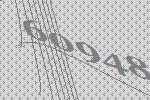
60948